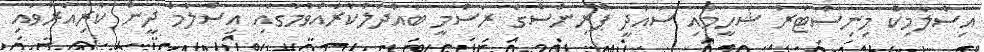
އިސްލާމިކް މިނިސްޓަރު ޝަހީމާއި ސައުދީ ޕްރިންސްގެ ރަސްމީ ބައްދަލުކުރެއްވުމުގައި އިސްލާމް ދީން ކުރިއަރުވައި